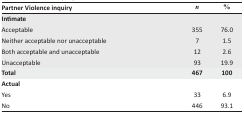
<table><thead><tr><td><b>Partner Violence inquiry</b></td><td><b><i>n</i></b></td><td><b>%</b></td></tr></thead><tbody><tr><td><b>Intimate</b></td><td></td><td></td></tr><tr><td>Acceptable</td><td>355</td><td>76.0</td></tr><tr><td>Neither acceptable nor unacceptable</td><td>7</td><td>1.5</td></tr><tr><td>Both acceptable and unacceptable</td><td>12</td><td>2.6</td></tr><tr><td>Unacceptable</td><td>93</td><td>19.9</td></tr><tr><td><b>Total</b></td><td><b>467</b></td><td><b>100</b></td></tr><tr><td><b>Actual</b></td><td></td><td></td></tr><tr><td>Yes</td><td>33</td><td>6.9</td></tr><tr><td>No</td><td>446</td><td>93.1</td></tr></tbody></table>